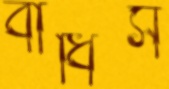
বাধিস